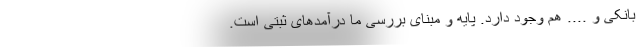
بانکی و .... هم وجود دارد. پایه و مبنای بررسی ما درآمدهای ثبتی است.